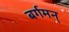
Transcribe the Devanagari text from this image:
बर्गमन्‌